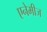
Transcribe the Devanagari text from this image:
एनेमीज